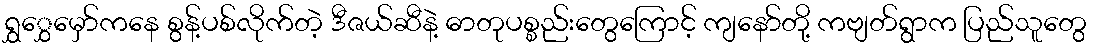
ရွှွှေမှော်ကနေ စွန့်ပစ်လိုက်တဲ့ ဒီဇယ်ဆီနဲ့ ဓာတုပစ္စည်းတွေကြောင့် ကျနော်တို့ ကဗျတ်ရွာက ပြည်သူတွေ